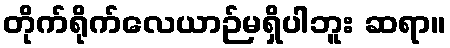
တိုက်ရိုက်လေယာဉ်မရှိပါဘူး ဆရာ။